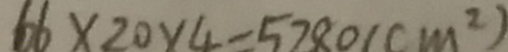
6 6 \times 2 0 \times 4 = 5 2 8 0 ( c m ^ { 2 } )